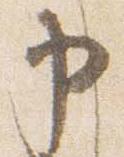
申